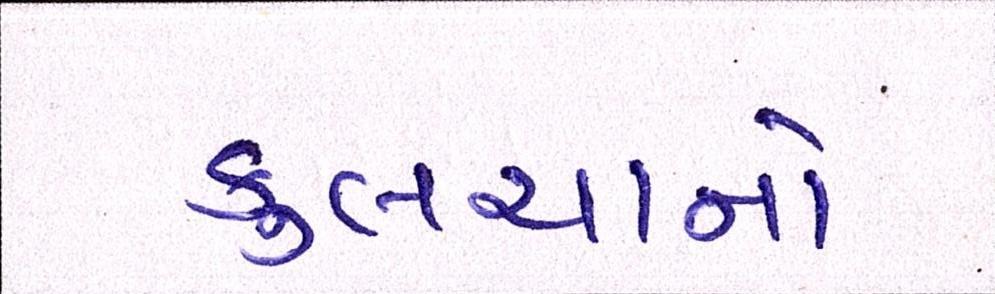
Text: કુલચાનો